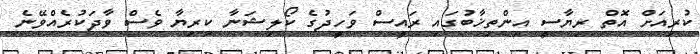
ކުރިއަށް އޮތް ރިޔާސީ އިންތިޚާބުގައި ރައީސް ވަހީދުގެ ކޯލިޝަނާ ކިރިޔާ ވެސް ވާދަކުރެއްވޭނެ